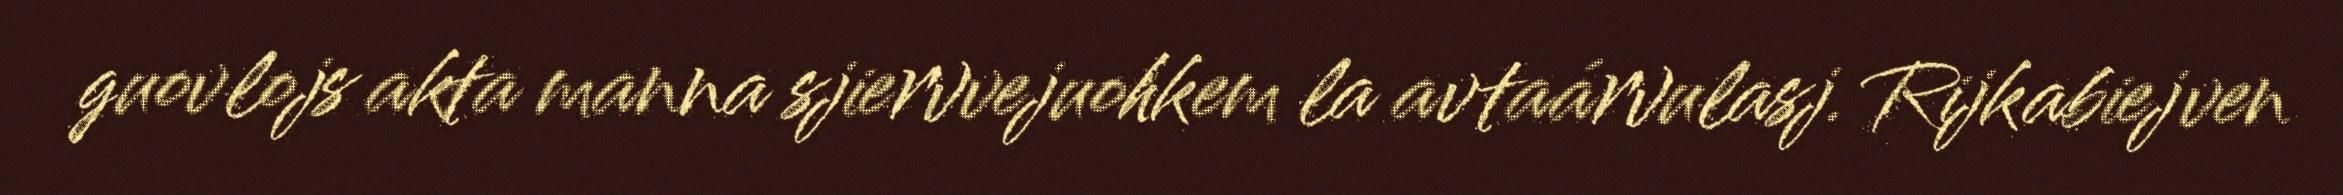
guovlojs akta manna sjiervvejuohkem la avtaárvulasj. Rijkabiejven